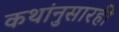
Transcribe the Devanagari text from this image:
कथांनुसारही